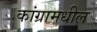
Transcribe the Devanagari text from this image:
कांग्रामधील